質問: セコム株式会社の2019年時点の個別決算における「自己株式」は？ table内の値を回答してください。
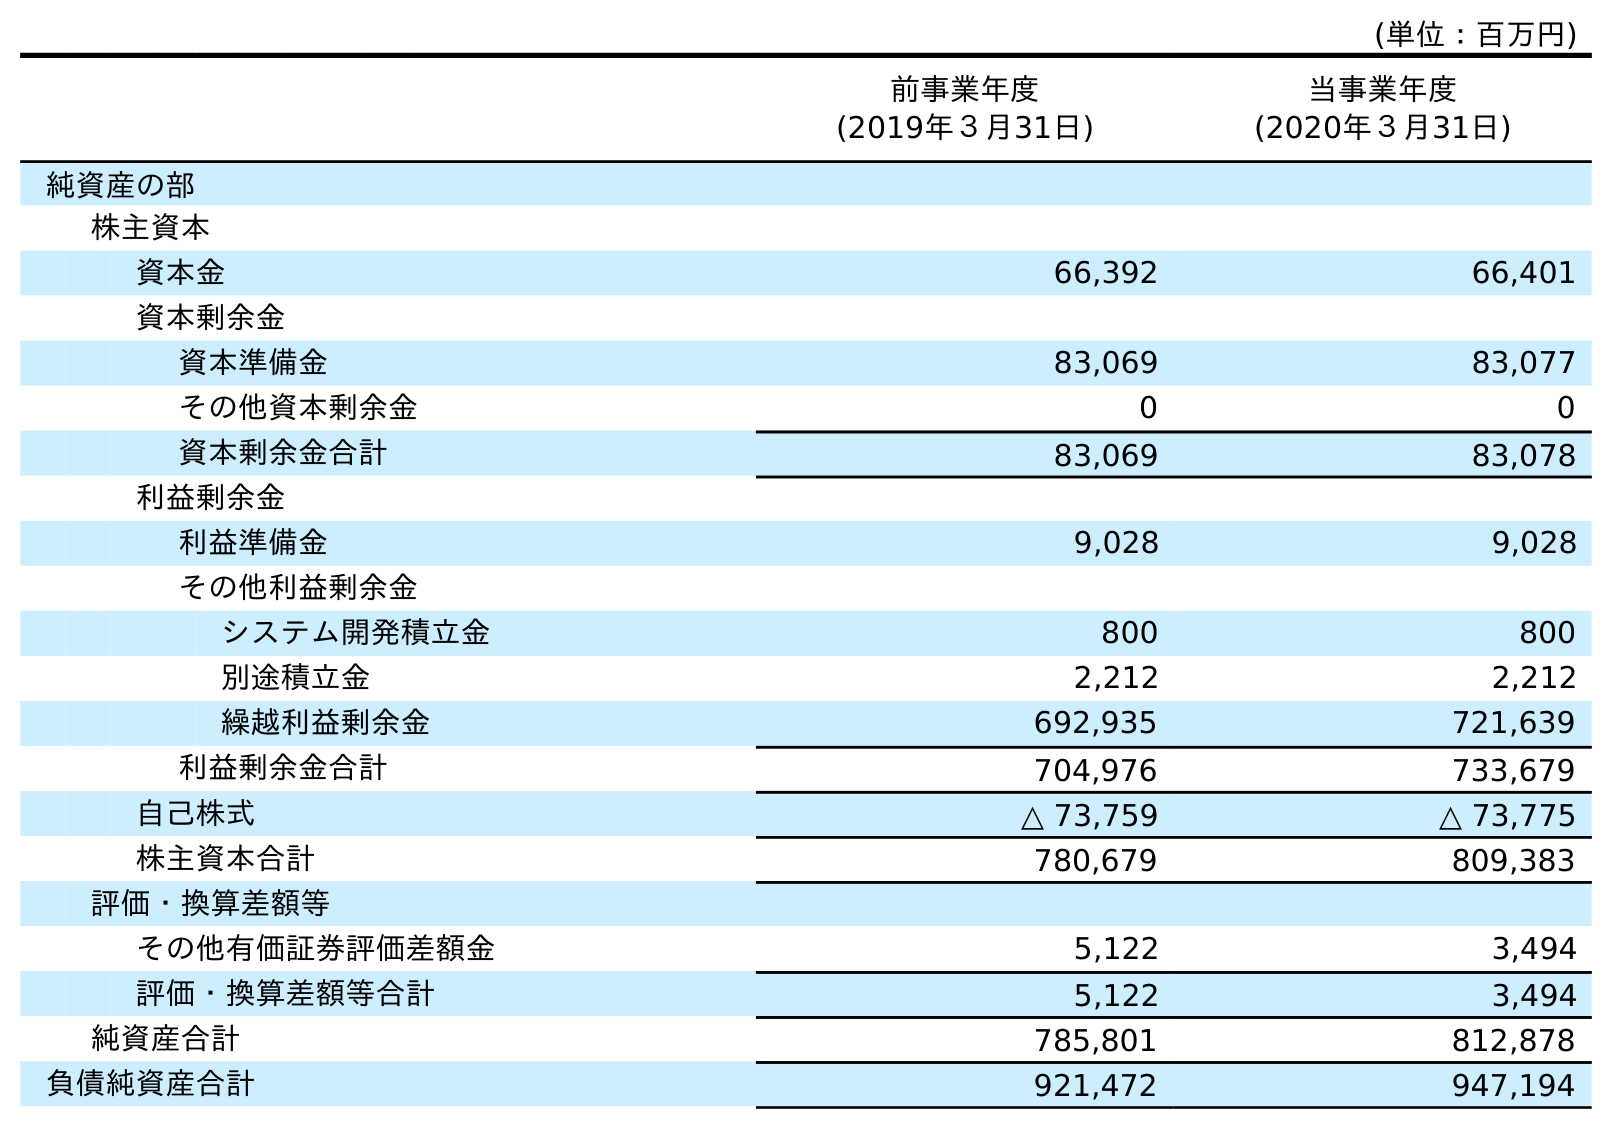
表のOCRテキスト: (単位：百万円) 前事業年度 (2019年３月31日) 当事業年度 (2020年３月31日) 純資産の部 株主資本 資本金 66,392 66,401 資本剰余金 資本準備金 83,069 83,077 その他資本剰余金 0 0 資本剰余金合計 83,069 83,078 利益剰余金 利益準備金 9,028 9,028 その他利益剰余金 システム開発積立金 800 800 別途積立金 2,212 2,212 繰越利益剰余金 692,935 721,639 利益剰余金合計 704,976 733,679 自己株式 △ 73,759 △ 73,775 株主資本合計 780,679 809,383 評価・換算差額等 その他有価証券評価差額金 5,122 3,494 評価・換算差額等合計 5,122 3,494 純資産合計 785,801 812,878 負債純資産合計 921,472 947,194
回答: △73,759